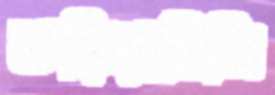
ঝরিয়াছিলি